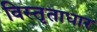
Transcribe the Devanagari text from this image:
विस्तृताधार